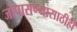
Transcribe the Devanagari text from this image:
जोपासण्यासाठीही